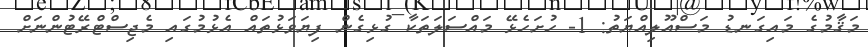
މަޤާމުގެ މައިގަނޑު މަސްއޫލިއްޔަތު: 1- ހުށަހެޅޭ މައްސަލަތަކާ ގުޅިގެން ފިޔަވަޅުތައް އެޅުމުގައި މެޖިސްޓްރޭޓުންނަށް